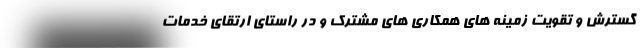
گسترش و تقویت زمینه های همکاری های مشترک و در راستای ارتقای خدمات